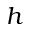
h